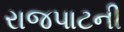
રાજપાટની